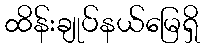
ထိန်းချုပ်နယ်မြေရှိ